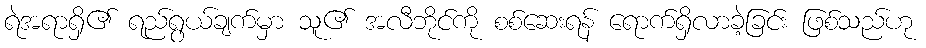
ရဲအရာရှိ၏ ရည်ရွယ်ချက်မှာ သူ၏ အလီဘိုင်ကို စစ်ဆေးရန် ရောက်ရှိလာခဲ့ခြင်း ဖြစ်သည်ဟု